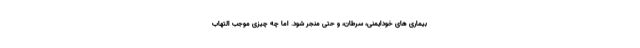
بیماری های خودایمنی، سرطان، و حتی منجر شود. اما چه چیزی موجب التهاب